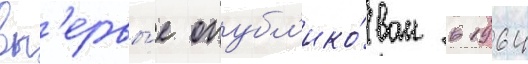
вп'ервы́е опубл'ико́ван в 1964